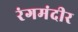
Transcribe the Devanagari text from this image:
रंगमंदीर